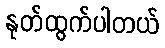
နုတ်ထွက်ပါတယ်